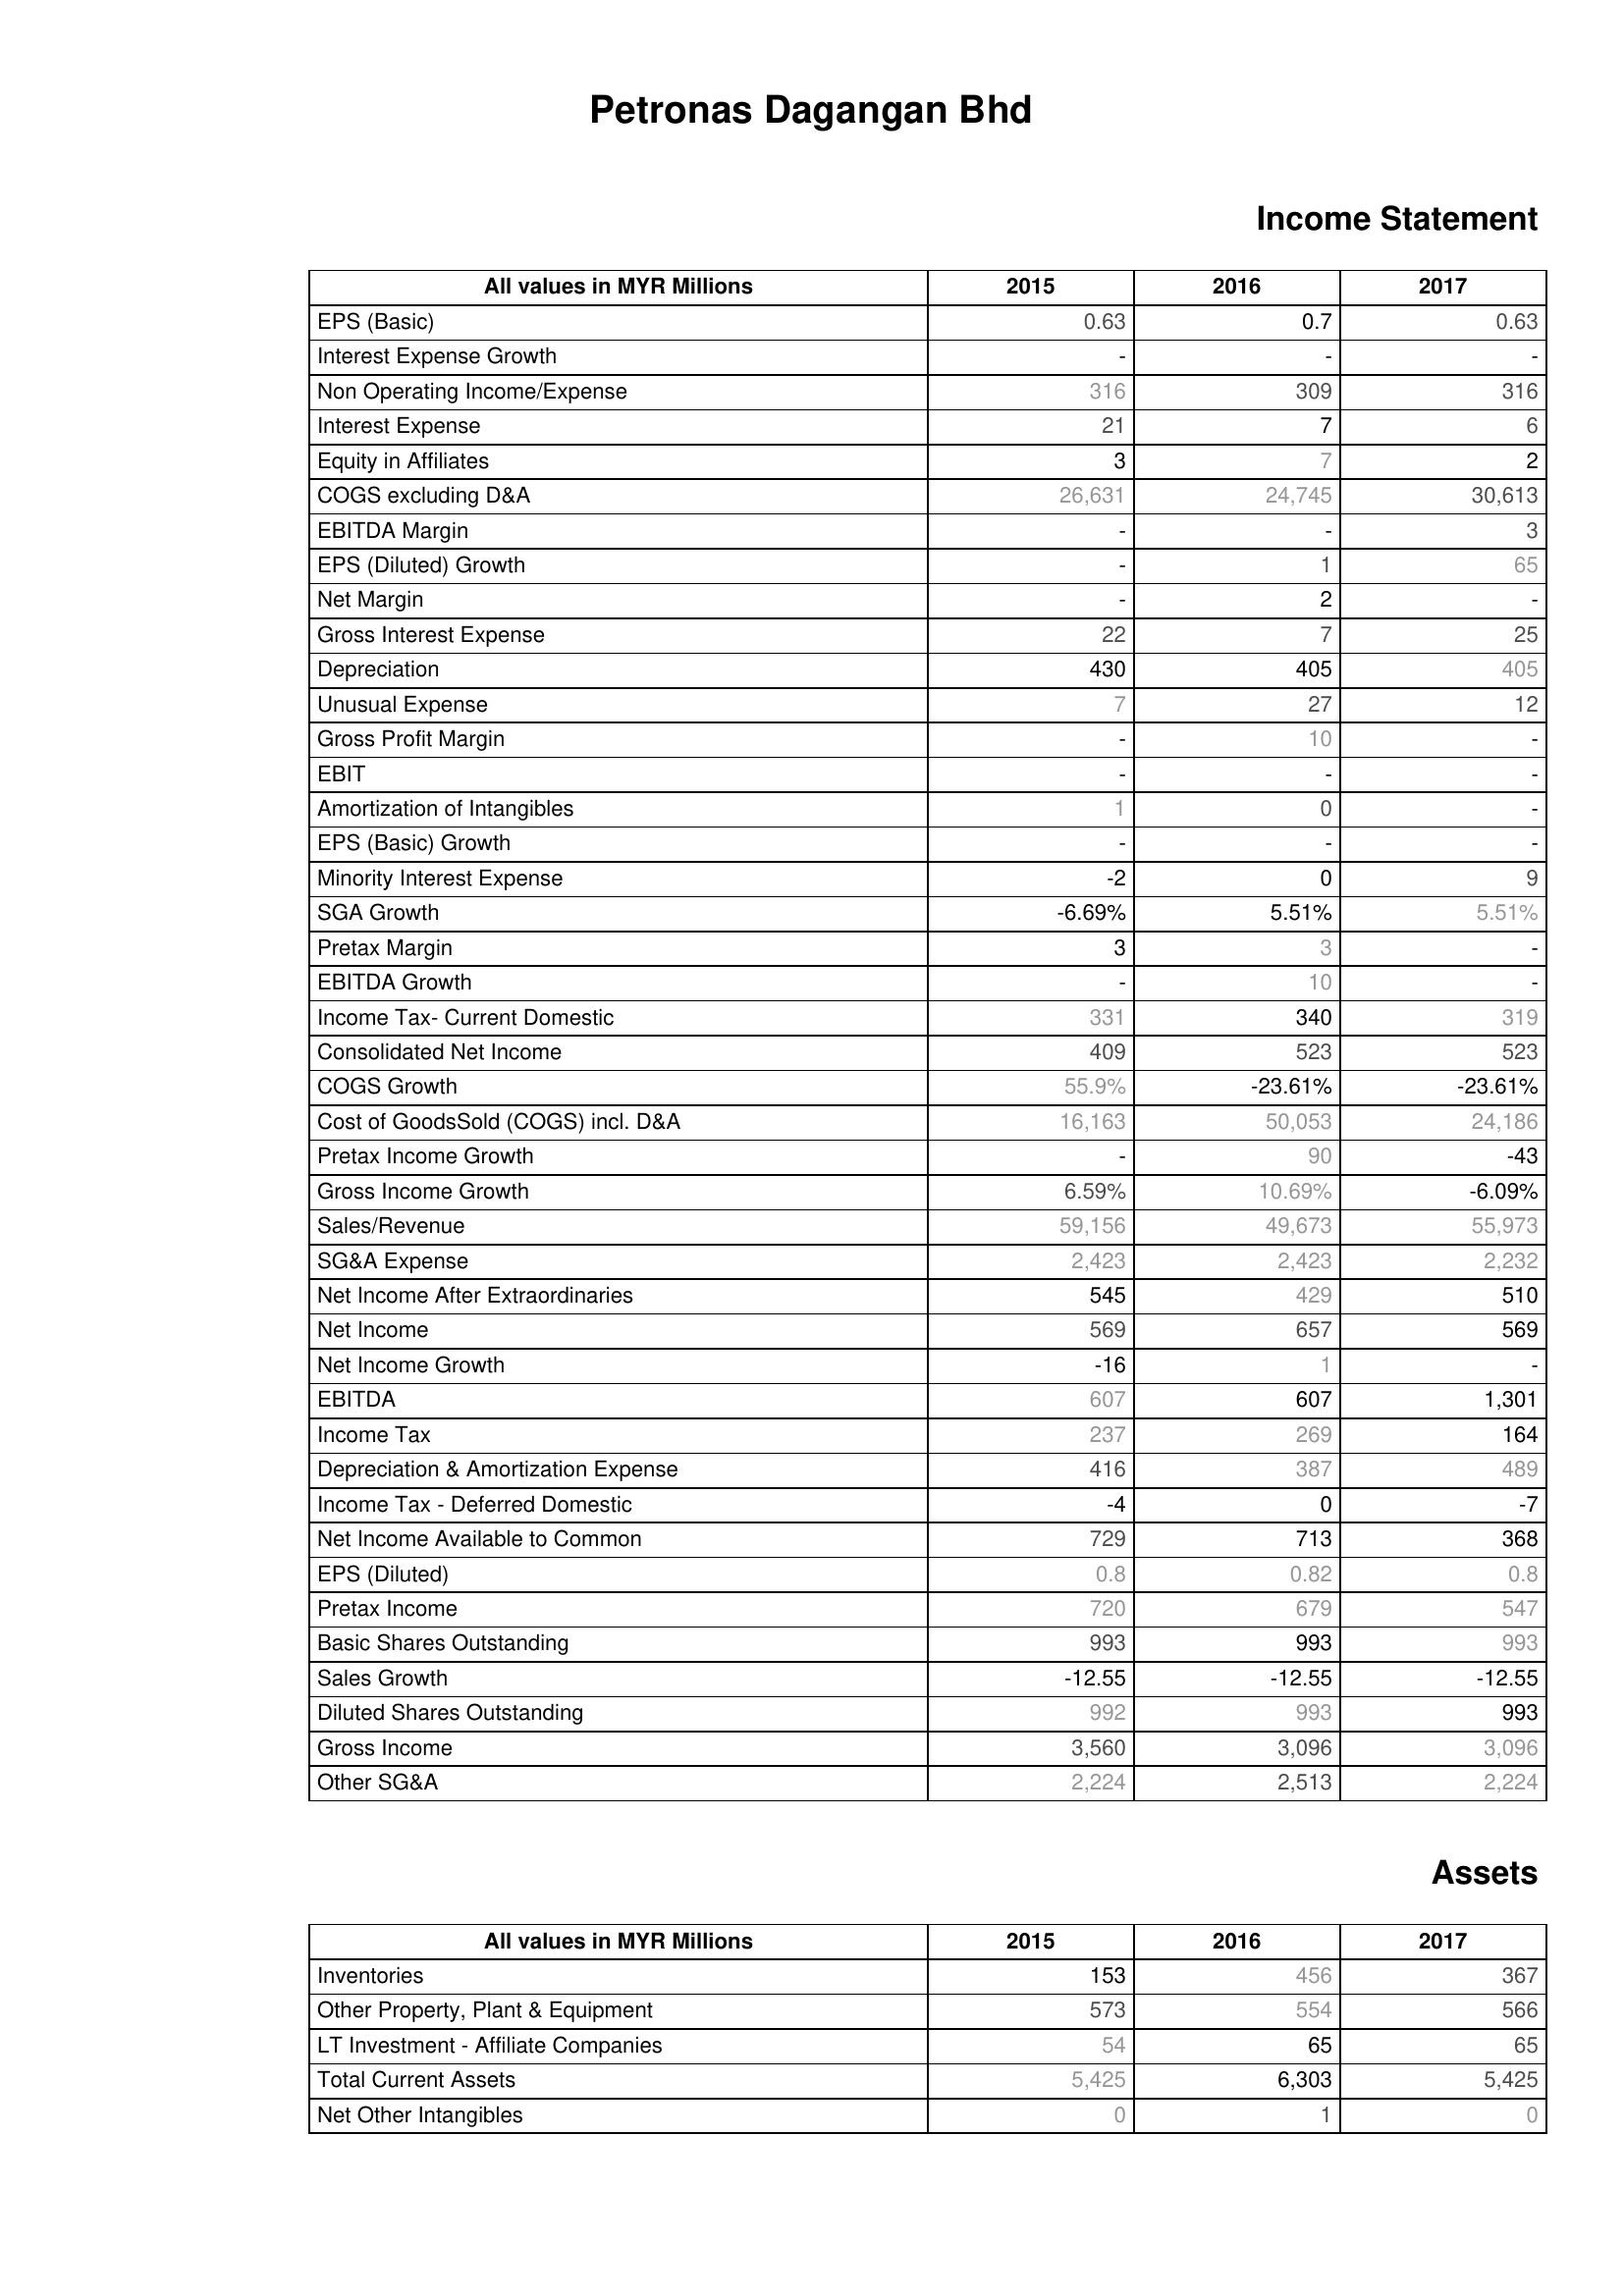
2015: Income Statement: EPS (Basic): 0.63
Interest Expense Growth: -
Non Operating Income/Expense: 316
Interest Expense: 21
Equity in Affiliates: 3
COGS excluding D&A: 26,631
EBITDA Margin: -
EPS (Diluted) Growth: -
Net Margin: -
Gross Interest Expense: 22
Depreciation: 430
Unusual Expense: 7
Gross Profit Margin: -
EBIT: -
Amortization of Intangibles: 1
EPS (Basic) Growth: -
Minority Interest Expense: -2
SGA Growth: -6.69%
Pretax Margin: 3
EBITDA Growth: -
Income Tax- Current Domestic: 331
Consolidated Net Income: 409
COGS Growth: 55.9%
Cost of GoodsSold (COGS) incl. D&A: 16,163
Pretax Income Growth: -
Gross Income Growth: 6.59%
Sales/Revenue: 59,156
SG&A Expense: 2,423
Net Income After Extraordinaries: 545
Net Income: 569
Net Income Growth: -16
EBITDA: 607
Income Tax: 237
Depreciation & Amortization Expense: 416
Income Tax - Deferred Domestic: -4
Net Income Available to Common: 729
EPS (Diluted): 0.8
Pretax Income: 720
Basic Shares Outstanding: 993
Sales Growth: -12.55
Diluted Shares Outstanding: 992
Gross Income: 3,560
Other SG&A: 2,224
Assets: Inventories: 153
Other Property, Plant & Equipment: 573
LT Investment - Affiliate Companies: 54
Total Current Assets: 5,425
Net Other Intangibles: 0
2016: Income Statement: EPS (Basic): 0.7
Interest Expense Growth: -
Non Operating Income/Expense: 309
Interest Expense: 7
Equity in Affiliates: 7
COGS excluding D&A: 24,745
EBITDA Margin: -
EPS (Diluted) Growth: 1
Net Margin: 2
Gross Interest Expense: 7
Depreciation: 405
Unusual Expense: 27
Gross Profit Margin: 10
EBIT: -
Amortization of Intangibles: 0
EPS (Basic) Growth: -
Minority Interest Expense: 0
SGA Growth: 5.51%
Pretax Margin: 3
EBITDA Growth: 10
Income Tax- Current Domestic: 340
Consolidated Net Income: 523
COGS Growth: -23.61%
Cost of GoodsSold (COGS) incl. D&A: 50,053
Pretax Income Growth: 90
Gross Income Growth: 10.69%
Sales/Revenue: 49,673
SG&A Expense: 2,423
Net Income After Extraordinaries: 429
Net Income: 657
Net Income Growth: 1
EBITDA: 607
Income Tax: 269
Depreciation & Amortization Expense: 387
Income Tax - Deferred Domestic: 0
Net Income Available to Common: 713
EPS (Diluted): 0.82
Pretax Income: 679
Basic Shares Outstanding: 993
Sales Growth: -12.55
Diluted Shares Outstanding: 993
Gross Income: 3,096
Other SG&A: 2,513
Assets: Inventories: 456
Other Property, Plant & Equipment: 554
LT Investment - Affiliate Companies: 65
Total Current Assets: 6,303
Net Other Intangibles: 1
2017: Income Statement: EPS (Basic): 0.63
Interest Expense Growth: -
Non Operating Income/Expense: 316
Interest Expense: 6
Equity in Affiliates: 2
COGS excluding D&A: 30,613
EBITDA Margin: 3
EPS (Diluted) Growth: 65
Net Margin: -
Gross Interest Expense: 25
Depreciation: 405
Unusual Expense: 12
Gross Profit Margin: -
EBIT: -
Amortization of Intangibles: -
EPS (Basic) Growth: -
Minority Interest Expense: 9
SGA Growth: 5.51%
Pretax Margin: -
EBITDA Growth: -
Income Tax- Current Domestic: 319
Consolidated Net Income: 523
COGS Growth: -23.61%
Cost of GoodsSold (COGS) incl. D&A: 24,186
Pretax Income Growth: -43
Gross Income Growth: -6.09%
Sales/Revenue: 55,973
SG&A Expense: 2,232
Net Income After Extraordinaries: 510
Net Income: 569
Net Income Growth: -
EBITDA: 1,301
Income Tax: 164
Depreciation & Amortization Expense: 489
Income Tax - Deferred Domestic: -7
Net Income Available to Common: 368
EPS (Diluted): 0.8
Pretax Income: 547
Basic Shares Outstanding: 993
Sales Growth: -12.55
Diluted Shares Outstanding: 993
Gross Income: 3,096
Other SG&A: 2,224
Assets: Inventories: 367
Other Property, Plant & Equipment: 566
LT Investment - Affiliate Companies: 65
Total Current Assets: 5,425
Net Other Intangibles: 0